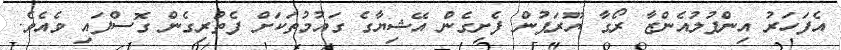
އެފަހަރު އިންފުލުއެންޒާ ރޯގާ ޔޫރަޕުން ފެށިގެން އޭޝިޔާގެ ގައުމުތަކަށް ފެތުރިގެން ގޮސްފައި ވެއެވެ.